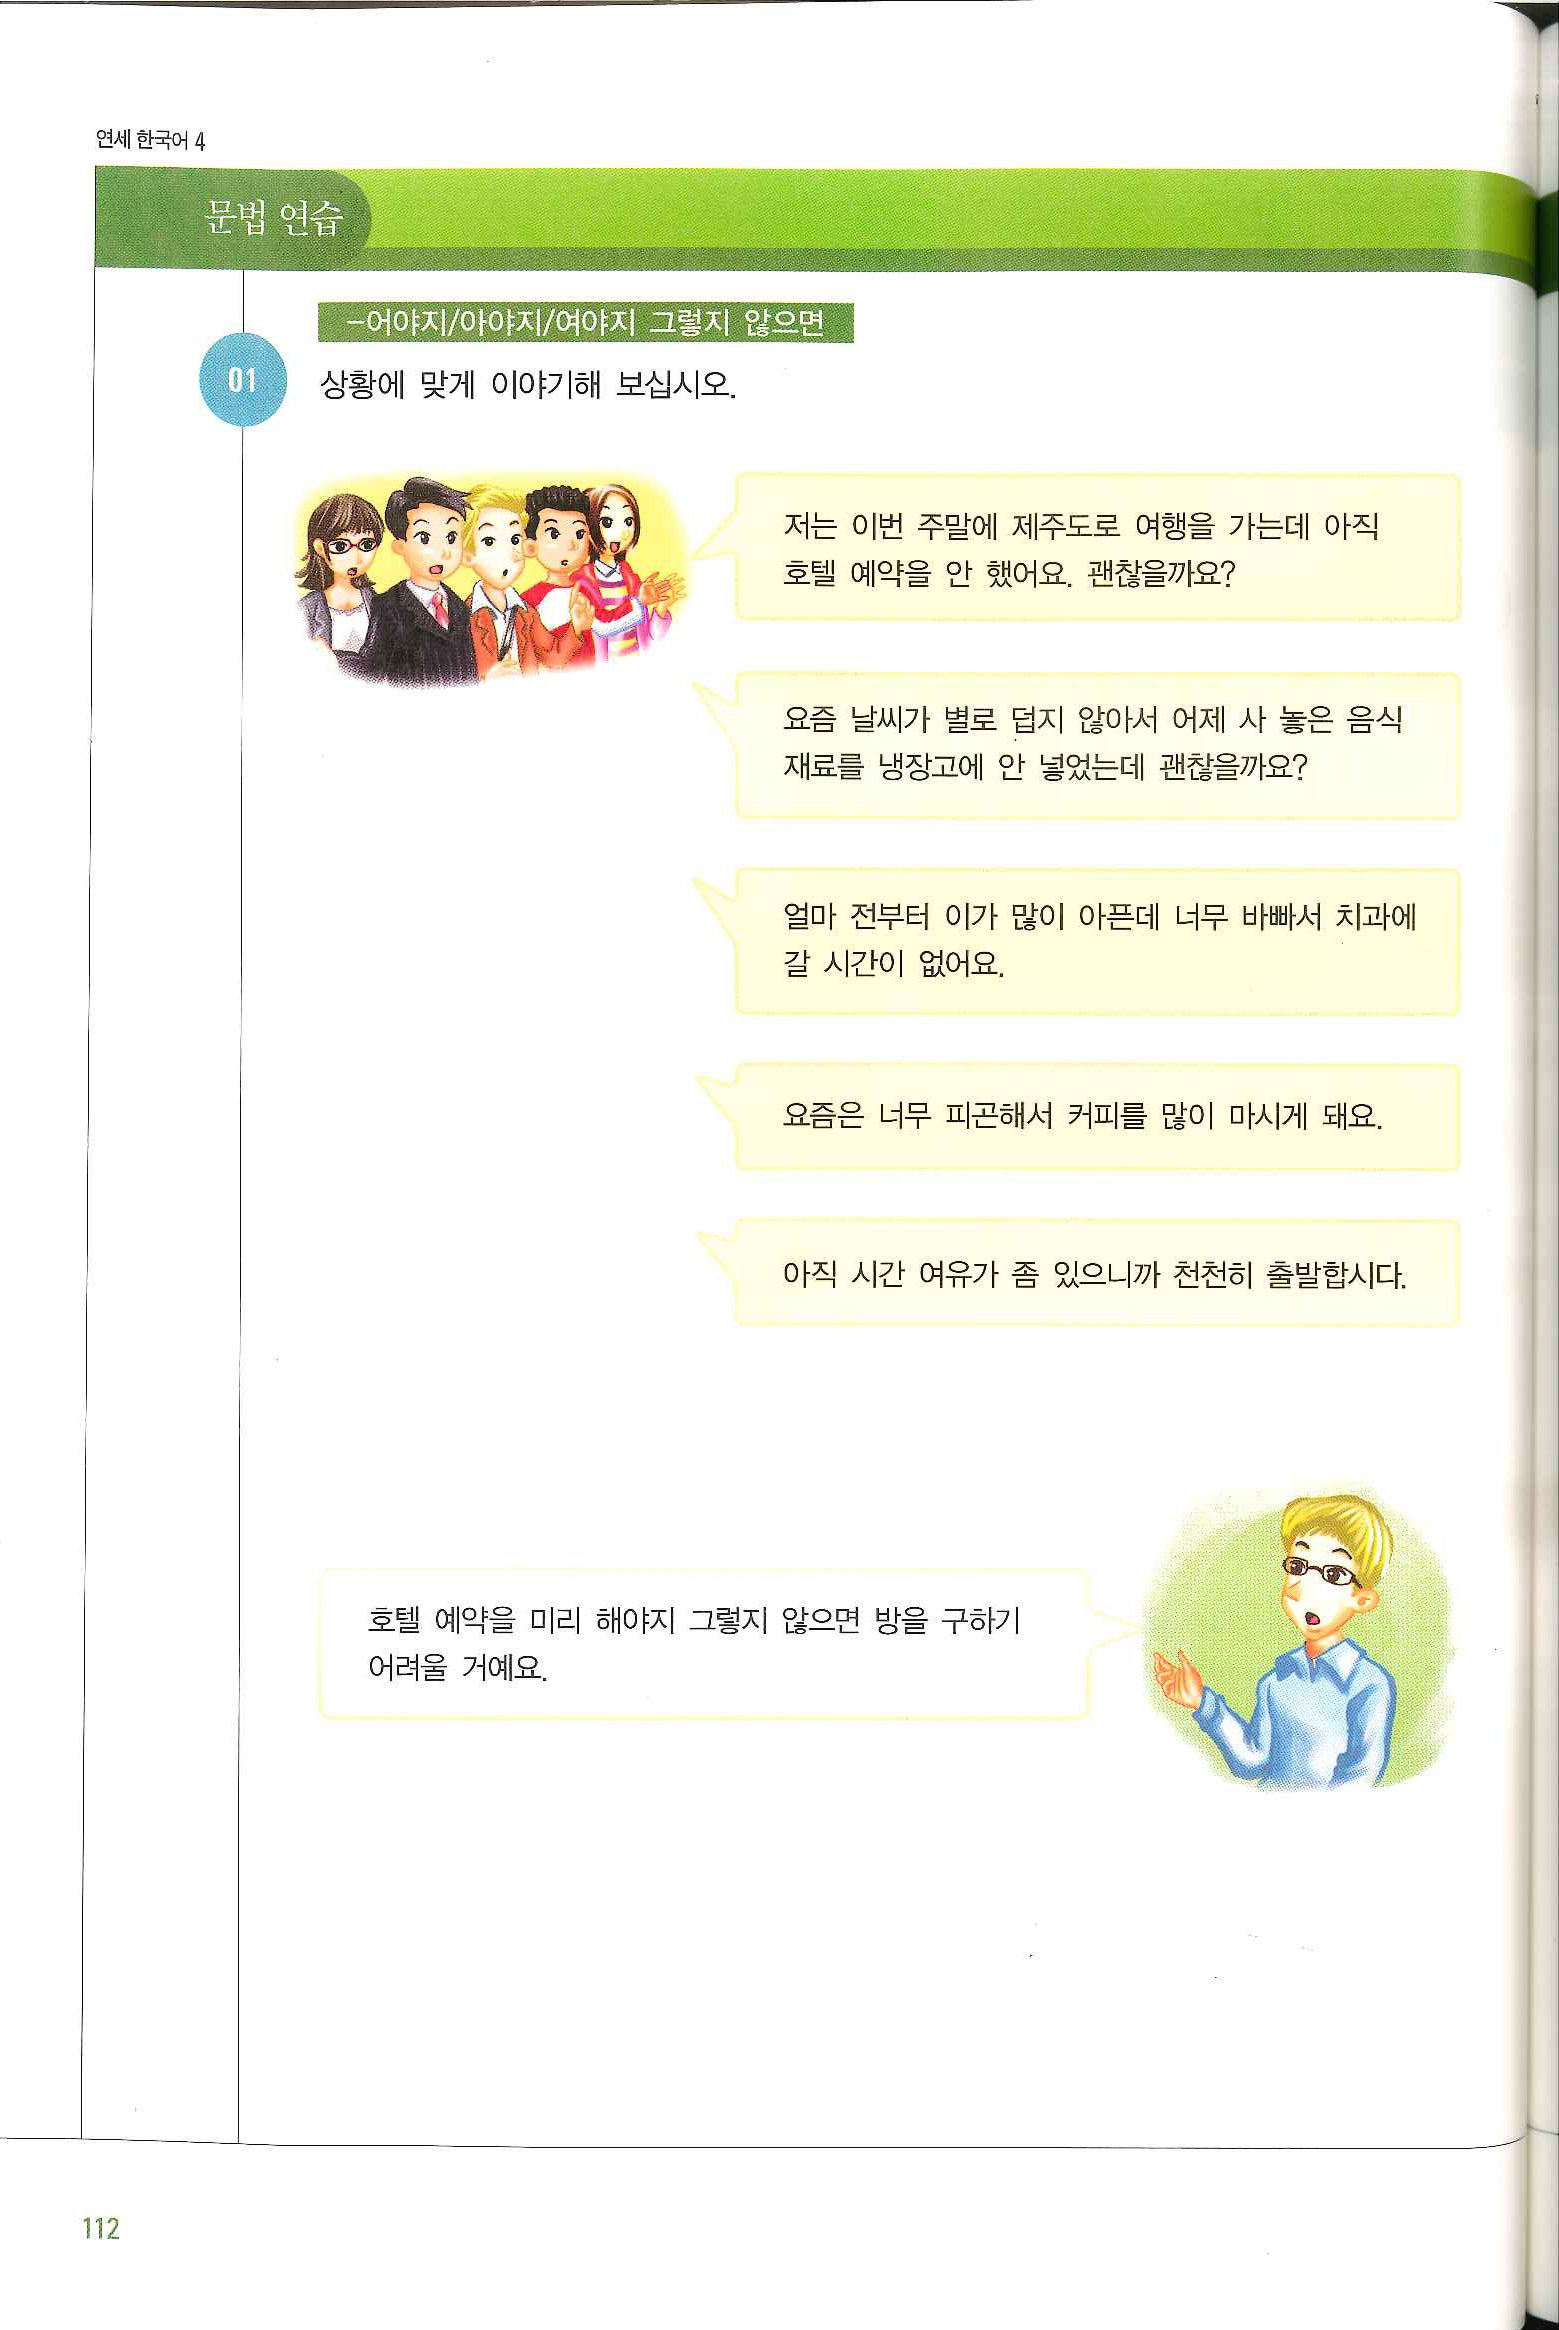
Language: ko